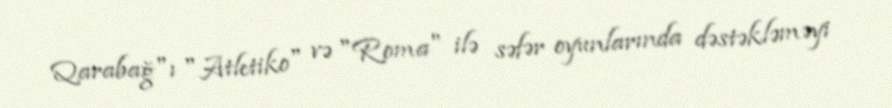
Qarabağ"ı "Atletiko" və "Roma" ilə səfər oyunlarında dəstəkləməyi